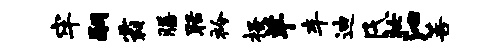
牢嗣霸膳聒衿搔羊车迪氏妆沁菩